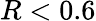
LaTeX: R<0.6